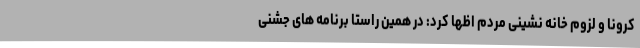
کرونا و لزوم خانه نشینی مردم اظها کرد: در همین راستا برنامه های جشنی